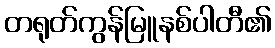
တရုတ်ကွန်မြူနစ်ပါတီ၏